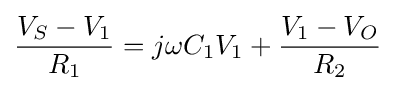
{\frac {V_{S}-V_{1}}{R_{1}}}=j\omega C_{1}V_{1}+{\frac {V_{1}-V_{O}}{R_{2}}}\